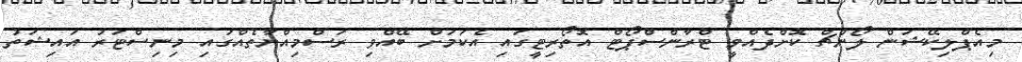
މިއެޕްލިކޭޝަން ލޯންޗް ކޮށްދެއްވީ ޓްރާންސްޕޯޓް އޮތޯރިޓީގައި އެކަަމަށް ބޭއްވި ރަސްމިއްޔާތެއްގައި މިނިސްޓަރު އައިޝަތު